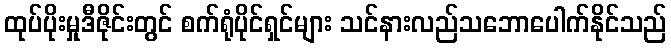
ထုပ်ပိုးမှုဒီဇိုင်းတွင် စက်ရုံပိုင်ရှင်များ သင်နားလည်သဘောပေါက်နိုင်သည်